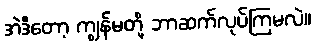
အဲဒီတော့ ကျွန်မတို့ ဘာဆက်လုပ်ကြမလဲ။